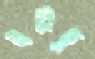
ধরিছু